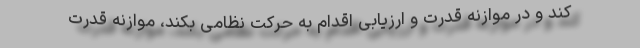
کند و در موازنه قدرت و ارزیابی اقدام به حرکت نظامی بکند، موازنه قدرت